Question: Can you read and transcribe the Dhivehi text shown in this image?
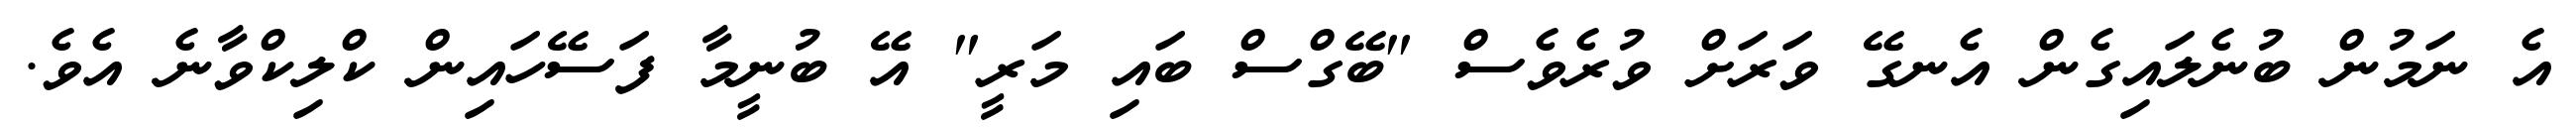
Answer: އެ ނަމުން ބުނެލައިގެން އެނގޭ ވަރަށް ވުރެވެސް "ބޭގްސް ބައި މަރީ" އޭ ބުނީމާ ފަސޭހައިން ކްލިކްވާނެ އެވެ.